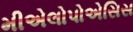
મીએલોપોએસિસ